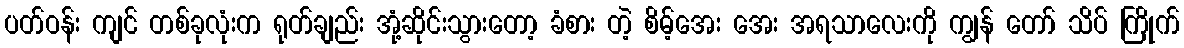
ပတ်ဝန်း ကျင် တစ်ခုလုံးက ရုတ်ချည်း အုံ့ဆိုင်းသွားတော့ ခံစား တဲ့ စိမ့်အေး အေး အရသာလေးကို ကျွန် တော် သိပ် ကြိုက်